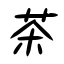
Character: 茶